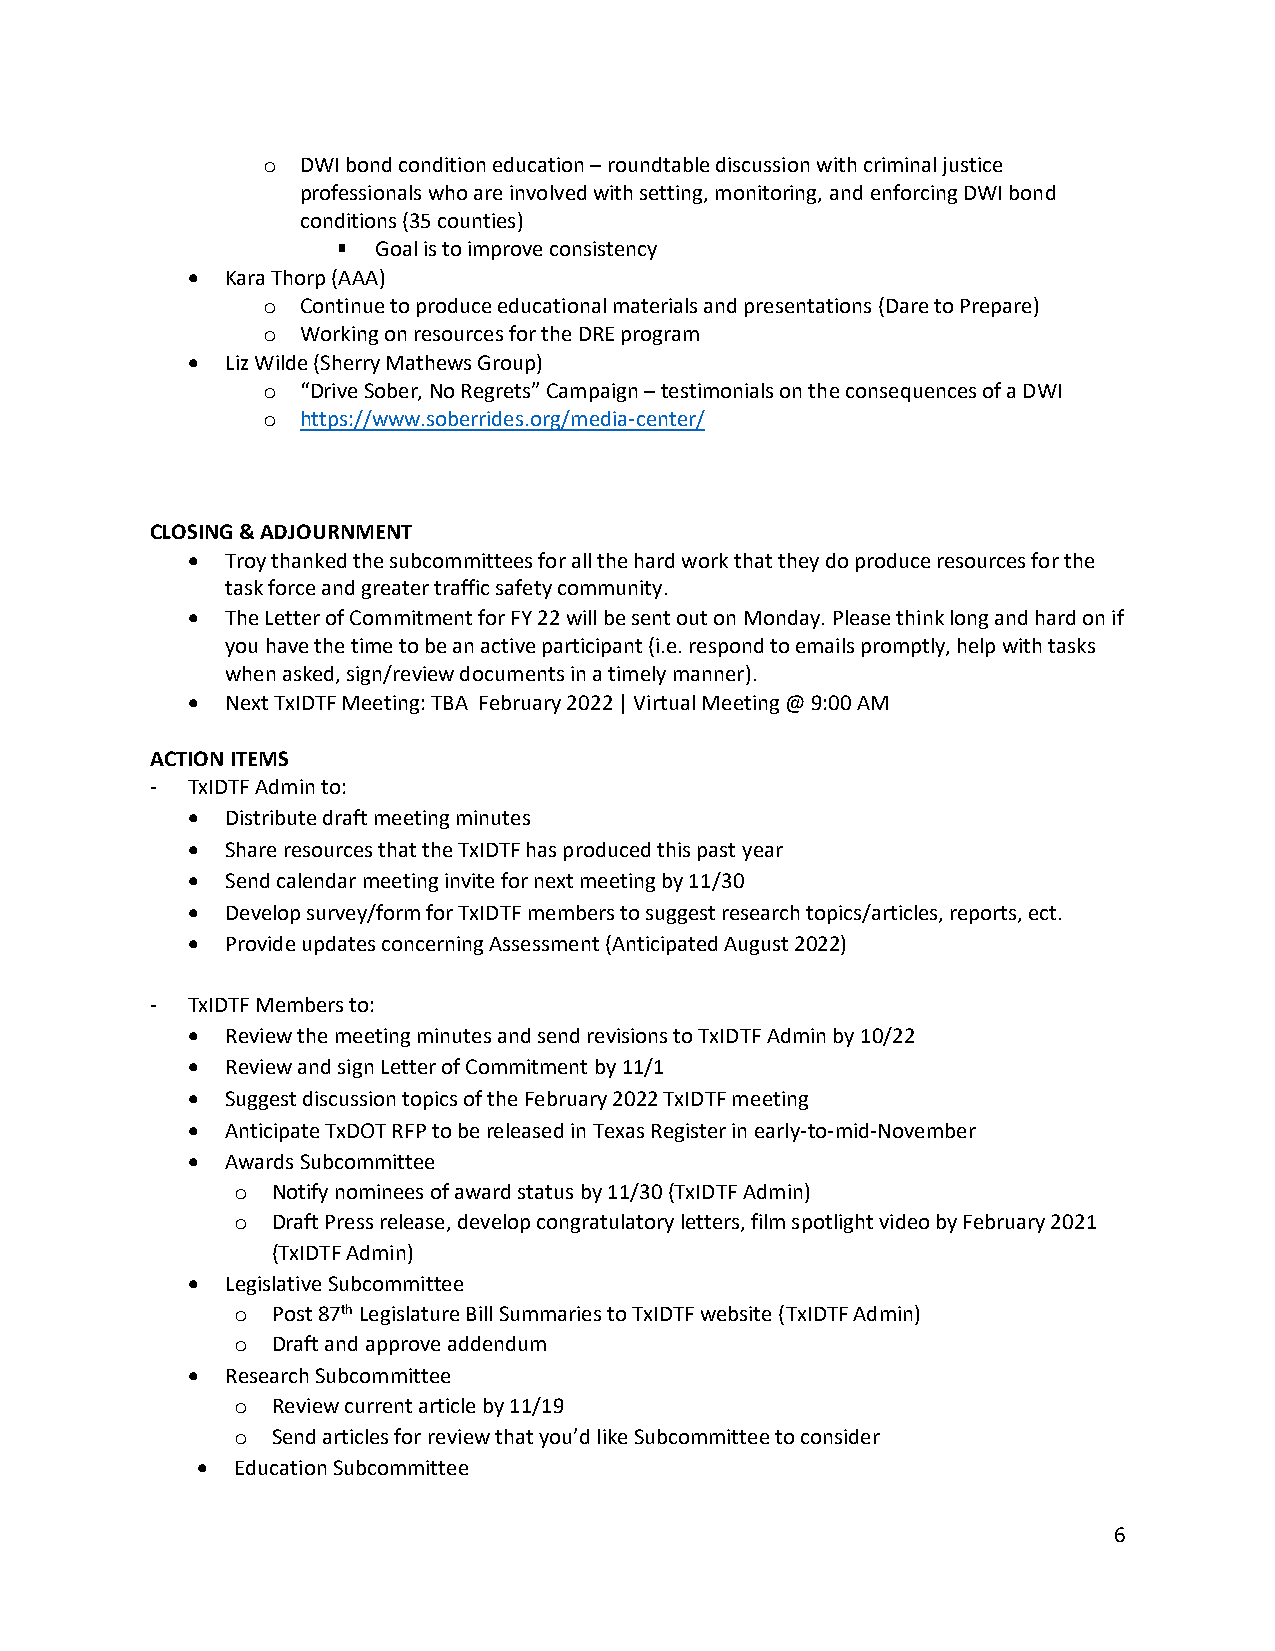
o  DWI bond condition education – roundtable discussion with criminal justice
 professionals who are involved with setting, monitoring, and enforcing DWI bond
 conditions (35 counties)
 Goal is to improve consistency
 •  Kara Thorp (AAA)
 o  Continue to produce educational materials and presentations (Dare to Prepare)
 o  Working on resources for the DRE program
 •  Liz Wilde (Sherry Mathews Group)
 o  “Drive Sober, No Regrets” Campaign – testimonials on the consequences of a DWI
 o  https://www.soberrides.org/media-center/
 CLOSING & ADJOURNMENT
 •  Troy thanked the subcommittees for all the hard work that they do produce resources for the
 task force and greater traffic safety community.
 •  The Letter of Commitment for FY 22 will be sent out on Monday. Please think long and hard on if
 you have the time to be an active participant (i.e. respond to emails promptly, help with tasks
 when asked, sign/review documents in a timely manner).
 •  Next TxIDTF Meeting: TBA February 2022 | Virtual Meeting @ 9:00 AM
 ACTION ITEMS
 - TxIDTF Admin to:
 •  Distribute draft meeting minutes
 •  Share resources that the TxIDTF has produced this past year
 •  Send calendar meeting invite for next meeting by 11/30
 •  Develop survey/form for TxIDTF members to suggest research topics/articles, reports, ect.
 •  Provide updates concerning Assessment (Anticipated August 2022)
 - TxIDTF Members to:
 •  Review the meeting minutes and send revisions to TxIDTF Admin by 10/22
 •  Review and sign Letter of Commitment by 11/1
 •  Suggest discussion topics of the February 2022 TxIDTF meeting
 •  Anticipate TxDOT RFP to be released in Texas Register in early-to-mid-November
 •  Awards Subcommittee
 o Notify nominees of award status by 11/30 (TxIDTF Admin)
 o Draft Press release, develop congratulatory letters, film spotlight video by February 2021
 (TxIDTF Admin)
 •  Legislative Subcommittee
 o Post 87th Legislature Bill Summaries to TxIDTF website (TxIDTF Admin)
 o Draft and approve addendum
 •  Research Subcommittee
 o Review current article by 11/19
 o Send articles for review that you’d like Subcommittee to consider
 •  Education Subcommittee
 6